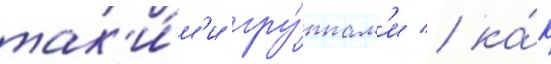
так'и́м'и гру́ппам'и / ка́к